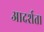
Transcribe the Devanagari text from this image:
आदर्शता